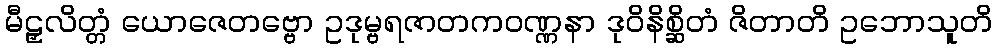
မီဠှလိတ္တံ ယောဇေတဗ္ဗော ဥဒုမ္ဗရဇာတကဝဏ္ဏနာ ဒုဝိနိစ္ဆိတံ ဇိတာတိ ဥဘောသူတိ